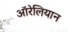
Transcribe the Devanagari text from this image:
ऑरेलियान